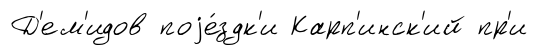
Д'ем'идов поjе́здк'и Карп'инск'ий пр'и